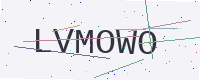
Text: LVMOWO